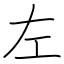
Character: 左